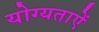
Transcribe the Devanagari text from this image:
योग्यताऐं